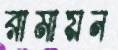
রামায়ন